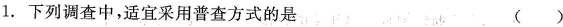
1.下列调查中，适宜采用普查方式的是 ()